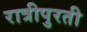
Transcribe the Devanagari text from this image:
रात्रीपुरती